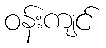
ဝန်းကျင်